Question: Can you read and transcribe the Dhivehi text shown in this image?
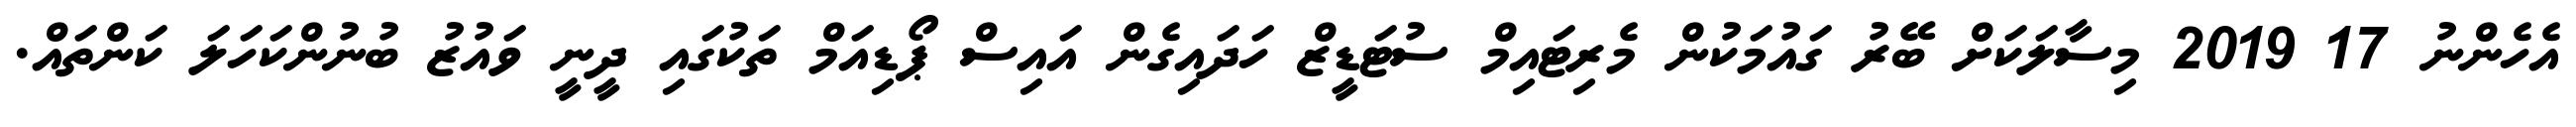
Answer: އެހެންނު 17 2019 މިސާލަކަށް ބޭރު ގައުމަކުން މެރިޓައިމް ސުޓަޑީޒް ހަދައިގެން އައިސް ޕޯޑިއަމް ތަކުގައި ދީނީ ވައުޒު ބުނުންކަހަލަ ކަންތައް.